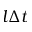
l \Delta t